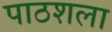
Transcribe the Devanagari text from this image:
पाठशला